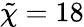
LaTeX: \tilde{\chi}=18